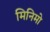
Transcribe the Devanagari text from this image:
मिनिमो